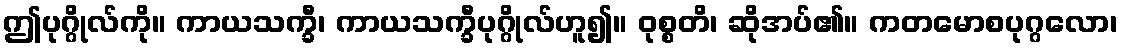
ဤပုဂ္ဂိုလ်ကို။ ကာယသက္ခီ၊ ကာယသက္ခီပုဂ္ဂိုလ်ဟူ၍။ ဝုစ္စတိ၊ ဆိုအပ်၏။ ကတမောစပုဂ္ဂလော၊